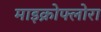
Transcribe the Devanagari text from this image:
माइक्रोफ्लोरा